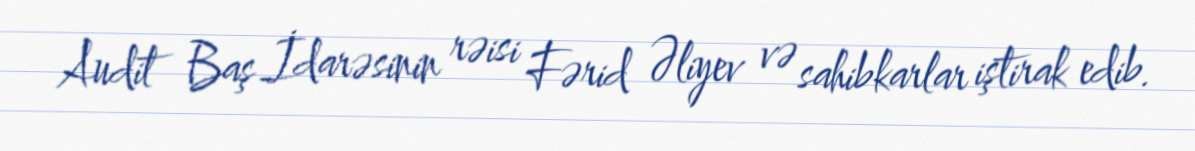
Audit Baş İdarəsinin rəisi Fərid Əliyev və sahibkarlar iştirak edib.